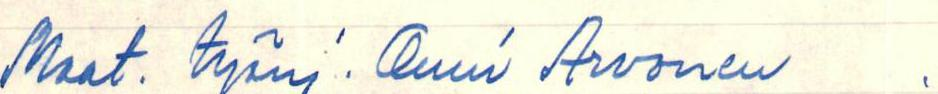
Maat. työnj. Onni Arvonen ,